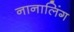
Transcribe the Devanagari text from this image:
नानालिंग